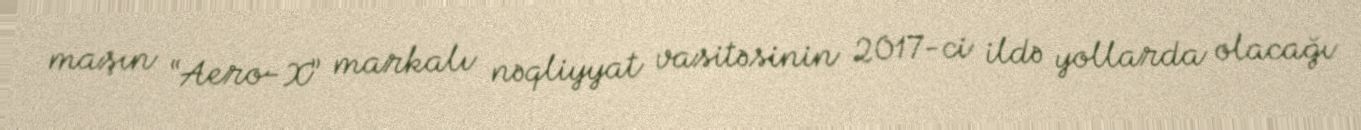
maşın “Aero-X” markalı nəqliyyat vasitəsinin 2017-ci ildə yollarda olacağı